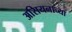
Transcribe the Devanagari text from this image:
असियनाच्या